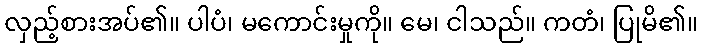
လှည့်စားအပ်၏။ ပါပံ၊ မကောင်းမှုကို။ မေ၊ ငါသည်။ ကတံ၊ ပြုမိ၏။